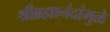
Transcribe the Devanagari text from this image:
श्रीब्रह्मानंदांमुळे